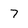
Character: 7